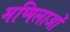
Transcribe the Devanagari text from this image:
मप्पिलाओं